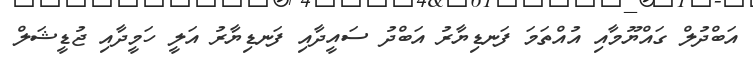
އަބްދުލް ގައްޔޫމާއި އުއްތަމަ ފަނޑިޔާރު އަބްދު ސައީދާއި ފަނޑިޔާރު އަލީ ހަމީދާއި ޖުޑީޝަލް